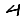
Digit: 4